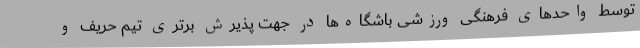
توسط واحدهای فرهنگی ورزشی باشگاه‌ها در جهت پذیرش برتری تیم حریف و